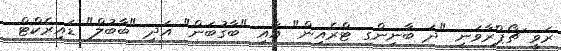
ރަވީ ޗޯޕްރާވަނީ "ދަ ބާނިންގ ޓްރެއިން" އާއި "ބާގުބަން" އަދި "ބާބުލް" ޑައިރެކްޓް